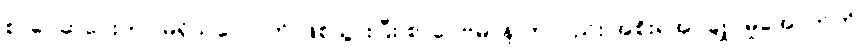
စာပေဆုပေးတာ မရှိသလောက် ဖြစ်သွားပြီး စာပေဗိမာန် ကလည်း အစိုးရအုပ်ချုပ်မှုအောက်ကို